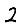
Digit: 2